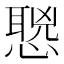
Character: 𰒌